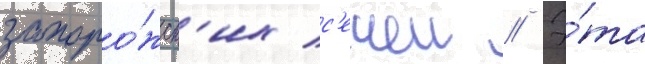
запоро́жск'их с'ечеи // Э́та